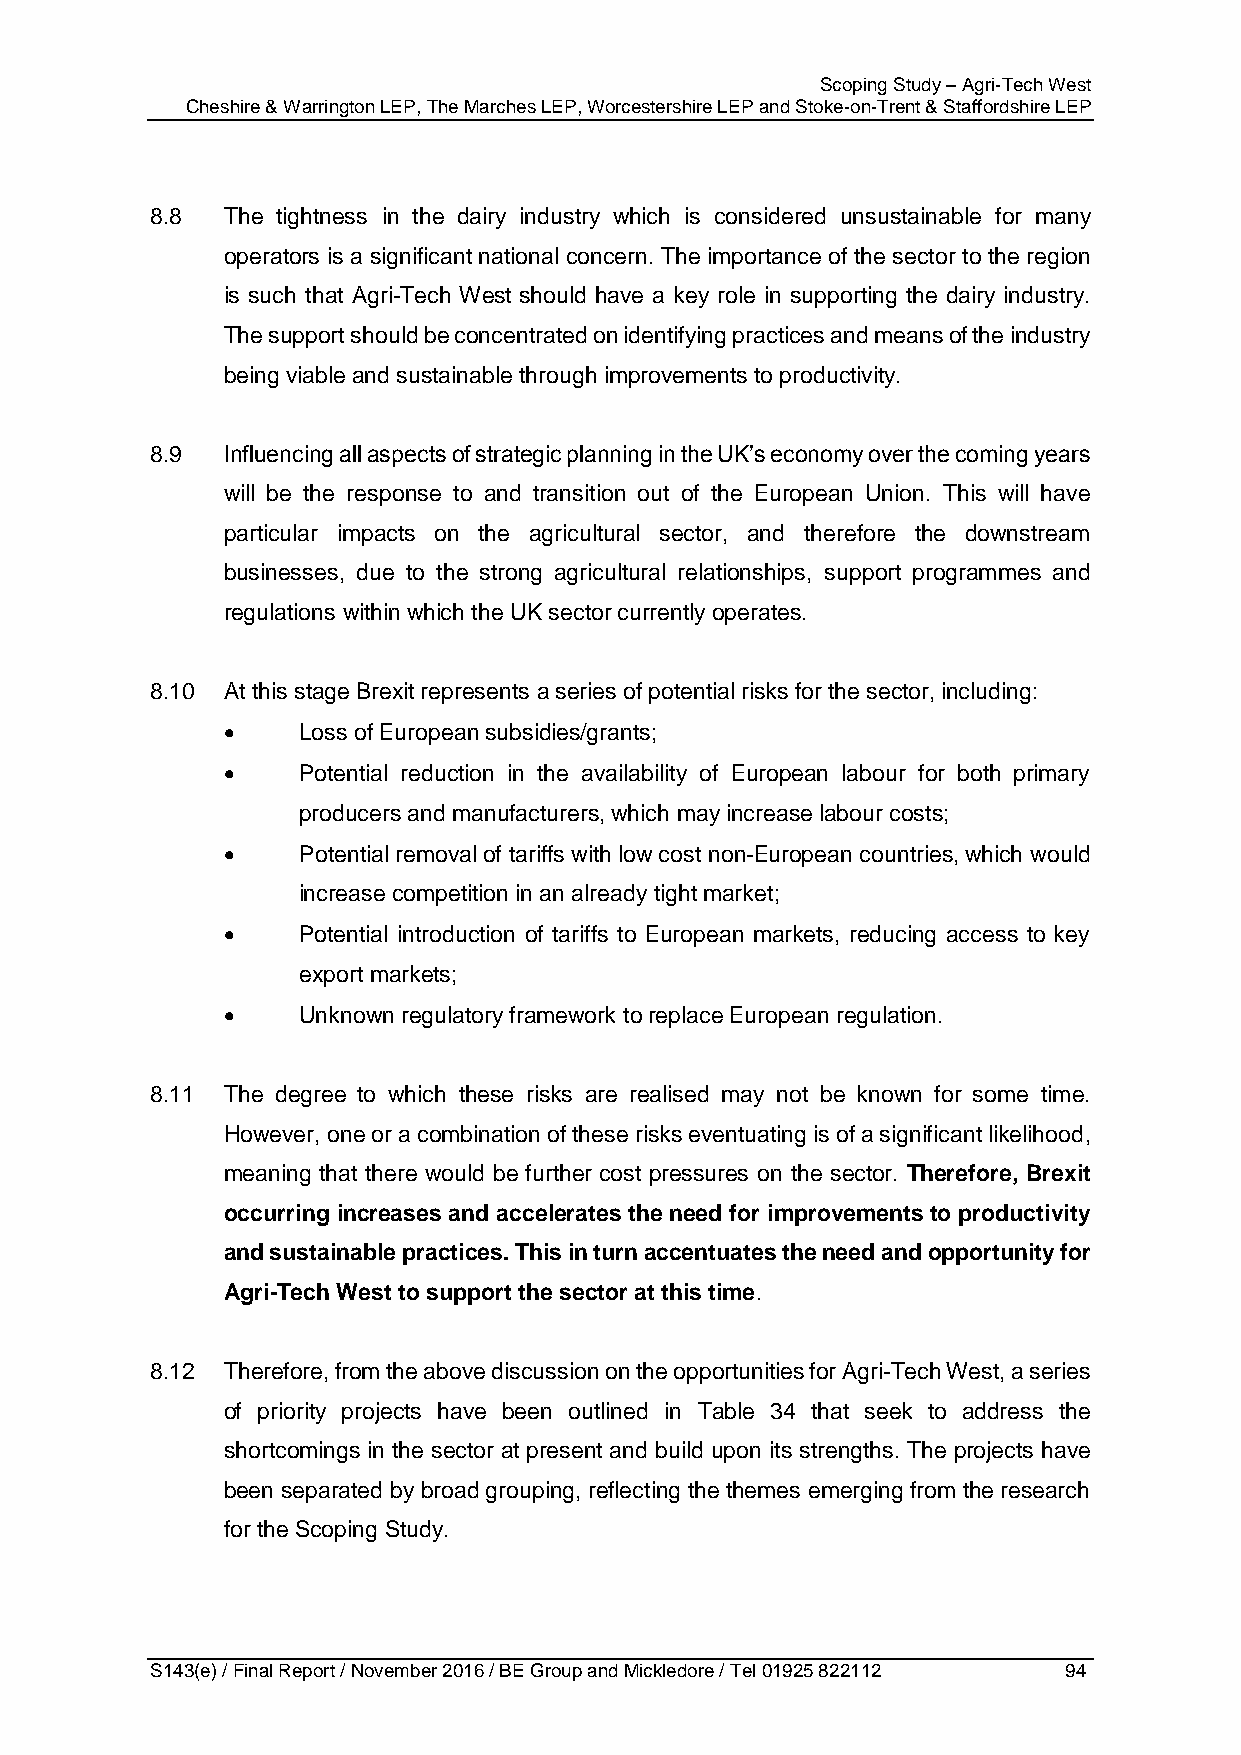
Scoping Study – Agri-Tech West
 Cheshire & Warrington LEP, The Marches LEP, Worcestershire LEP and Stoke-on-Trent & Staffordshire LEP
 8.8  The tightness in the dairy industry which is considered unsustainable for many
 operators is a significant national concern. The importance of the sector to the region
 is such that Agri-Tech West should have a key role in supporting the dairy industry.
 The support should be concentrated on identifying practices and means of the industry
 being viable and sustainable through improvements to productivity.
 8.9  Influencing all aspects of strategic planning in the UK’s economy over the coming years
 will be the response to and transition out of the European Union. This will have
 particular impacts on the agricultural sector, and therefore the downstream
 businesses, due to the strong agricultural relationships, support programmes and
 regulations within which the UK sector currently operates.
 8.10 At this stage Brexit represents a series of potential risks for the sector, including:
     Loss of European subsidies/grants;
     Potential reduction in the availability of European labour for both primary
 producers and manufacturers, which may increase labour costs;
     Potential removal of tariffs with low cost non-European countries, which would
 increase competition in an already tight market;
     Potential introduction of tariffs to European markets, reducing access to key
 export markets;
     Unknown regulatory framework to replace European regulation.
 8.11 The degree to which these risks are realised may not be known for some time.
 However, one or a combination of these risks eventuating is of a significant likelihood,
 meaning that there would be further cost pressures on the sector. Therefore, Brexit
 occurring increases and accelerates the need for improvements to productivity
 and sustainable practices. This in turn accentuates the need and opportunity for
 Agri-Tech West to support the sector at this time.
 8.12 Therefore, from the above discussion on the opportunities for Agri-Tech West, a series
 of priority projects have been outlined in Table 34 that seek to address the
 shortcomings in the sector at present and build upon its strengths. The projects have
 been separated by broad grouping, reflecting the themes emerging from the research
 for the Scoping Study.
 S143(e) / Final Report / November 2016 / BE Group and Mickledore / Tel 01925 822112 94